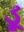
ડૂ